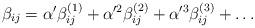
LaTeX: \begin{align*}\beta_{ij}=\alpha'\beta_{ij}^{(1)}+\alpha'^2\beta_{ij}^{(2)}+\alpha'^3\beta_{ij}^{(3)}+\ldots\end{align*}